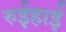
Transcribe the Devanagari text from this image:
रुईहाई